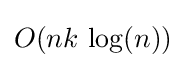
O(nk\,\log(n))